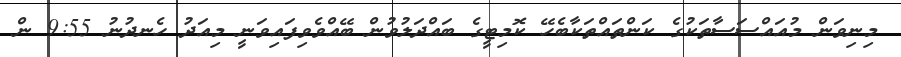
މިނިވަން މުއައްސަސާތަކުގެ ކަންތައްތަކާބެހޭ ކޮމިޓީގެ ބައްދަލުވުން ބޭއްވެވިފައިވަނީ މިއަދު ހެނދުނުު 9:55 ން